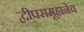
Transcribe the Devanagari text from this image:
द्वीपसमूहानेच